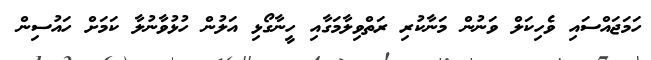
ހަމަޖައްސައި ވެހިކަލް ވަނުން މަނާކުރި ރަތްވިލާމަގާއި ހީނާގޯޅި އަލުން ހުޅުވާނުލާ ކަމަށް ހައުސިން